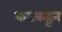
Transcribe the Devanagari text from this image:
कटकहून